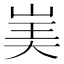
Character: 𰎡